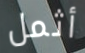
أثمل